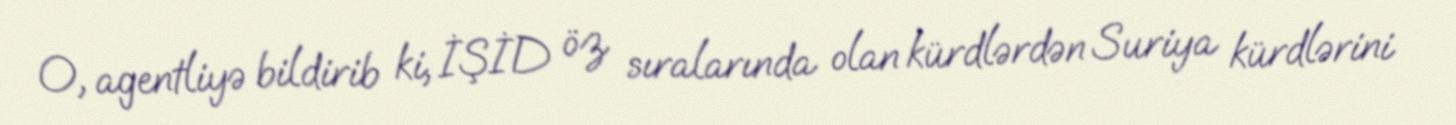
O, agentliyə bildirib ki, İŞİD öz sıralarında olan kürdlərdən Suriya kürdlərini